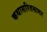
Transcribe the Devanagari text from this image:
कथासरितसागर